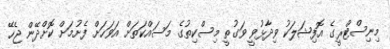
މިނިސްޓްރީގެ އޮފިޝަލަކު ވިދާޅުވީ ވަގުތީ މިސްކިތުގެ މަސައްކަތަށް އަވަހަށް ފެށުމަށް ކޮށްދޭން ޖެހޭ